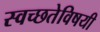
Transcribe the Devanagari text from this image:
स्वच्छतेविषयी